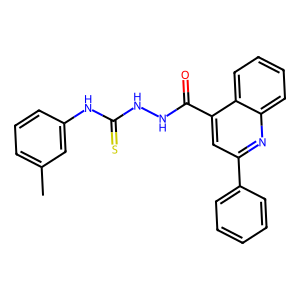
SMILES: Cc1cccc(NC(=S)NNC(=O)c2cc(-c3ccccc3)nc3ccccc23)c1
Inhibits HIV replication: No